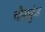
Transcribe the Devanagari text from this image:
चौराकुंड